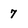
Character: 7